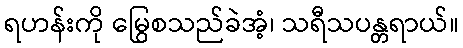
ရဟန်းကို မြွေစသည်ခဲအံ့၊ သရီသပန္တရာယ်။